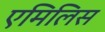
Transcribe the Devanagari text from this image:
एमिलिस